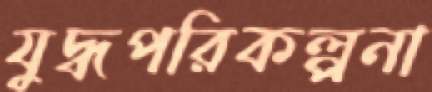
যুদ্ধপরিকল্পনা